Calcutta medical institutions reports 1892-1900
Year: 1892
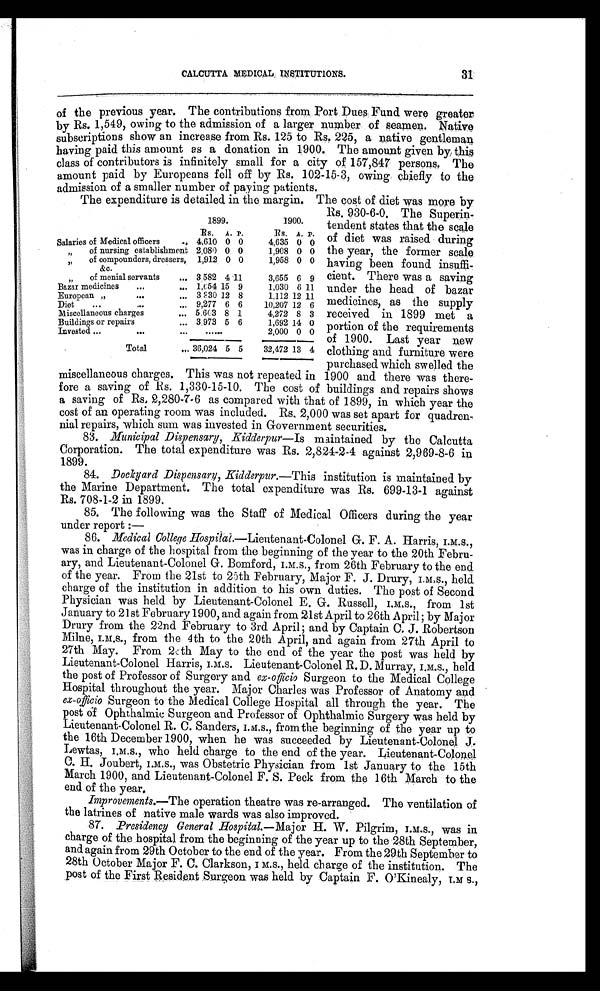
CALCUTTA MEDICAL INSTITUTIONS.
31
of the previous year. The contributions from Port Dues Fund were greater
by Rs. 1,549, owing to the admission of a larger number of seamen. Native
subscriptions show an increase from Rs. 125 to Rs. 225, a native gentleman
having paid this amount as a donation in 1900. The amount given by this
class of contributors is infinitely small for a city of 157,847 persons. The
amount paid by Europeans fell off by Rs. 102-15-3, owing chiefly to the
Admission of a smaller number of paying patients.
The expenditure is detailed in the margin. The cost of diet was more by
1899.
1900.
RS. A. P.
Rs. A. P.
Salaries of Medical officers
.. 4,610 0 0
4,635 0 0
" of nursing establishment 2,080 0 0
1,908 0 0
of compounders, dressers,
&c.
1,912 0 0
1,958 0 0
" of menial servants
... 3,582 4 11
3,655 6 9
Bazar medicines ...
... 1,654 15 9
1,030 6 11
European "
...
... 3 330 12 8
1,112 12 11
Diet
...
...
... 9,277 6 6
10,207 12 6
Miscellaneous charges
... 5,603 8 1
4,272 8 3
Buildings or repairs
... 3,973 5 6
1,692 14 0
Invested ...
...
... ......
2,000 0 0
Total
... 36,024 5 5
32,472 13 4
Rs. 930-6-0. The Superin
-tendent states that the scale
of diet was raised during
the year, the former scale
having been found insuffi
-
cient. There was a saving
under the head of bazar
medicines, as the supply
received in 1899 met a
portion of the requirements
of 1900. Last year new
clothing and furniture were
purchased whih swell
ed the
miscellaneous charges. This was not repeated in 1900 and there was there
-
fore a saving of Rs. 1,330-15-10. The cost of buildings and repairs shows
a saving of Rs. 2,280-7-6 as compared with that of 1899, in which year the
cost of an operating room was included. Rs. 2,000 was set apart for quadren
-
nial repairs, which sum was invested in Government securities.
83. Municipal Dispensary, Kidderpur —Is maintained by the Calcutta
Corporation. The total expenditure was Rs. 2,824-2-4 against 2,969-8-6 in
1899.
84.
Dockyard Dispensary, Kidderpur .—This institution is maintained by
the Marine Department. The total expenditure was Rs. 699-13-1 against
Rs. 708-1-2 in 1899.
85. The following was the Staff of Medical Officers during the year
under report :
—
86.
Medical College Hospital.—Lieutenant-Colonel G. F. A. Harris, I.M.S.,
was in charge of the hospital from the beginning of the year to the 20th Febru
-
ary, and Lieutenant-Colonel G. Bomford, I.M.S., from 26th February to the end
of the year. From the 21st to 25th February, Major F. J. Drury, I.M.S., held
charge of the institution in addition to his own duties. The post of Second
Physician was held by Lieutenant-Colonel E. G. Russell, I.M.S., from 1st
January to 21st February 1900, and again from 21st April to 26th April ; by Major
Drury from the 22nd February to 3rd April ; and by Captain C. J. Robertson
Milne, I.M.S., from the 4th to the 20th April, and again from 27th April to
27th May. From 28th May to the end of the year the post was held by
Lieutenant-Colonel Harris, I.M.S. Lieutenant-Colonel R. D. Murray, I.M.S., held
the post of Professor of Surgery and ex-officio Surgeon to the Medical College
Hospital throughout the year. Major Charles was Professor of Anatomy and
ex-officio Surgeon to the Medical College Hospital all through the year. The
post of Ophthalmic Surgeon and Professor of Ophthalmic Surgery was held by
Lieutenant-Colonel R. C. Sanders, I.M.S., from the beginning of the year up to
the 16th December 1900, when he was succeeded by Lieutenant-Colonel J.
Lewtas, I.M.S., who held charge to the end of the year. Lieutenant-Colonel
C. H. Joubert, I.M.S., was Obstetric Physician from 1st January to the 15th
March 1900, and Lieutenant-Colonel F. S. Peck from the 16th March to the
end of the year.
Improvements.—The operation theatre was re-arranged. The ventilation of
the latrines of native male wards was also improved.
87.
Presidency General Hospital. —Major H. W. Pilgrim, I.M.S., was in
charge of the hospital from the beginning of the year up to the 28th September,
and again from 29th October to the end of the year. From the 29th September to
28th October Major F. C. Clarkson, I.M.S., held charge of the institution. The
post of the First Resident Surgeon was held by Captain F. O'Kinealy, I.M S.,